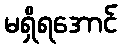
မရှိရအောင်